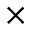
\times